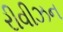
રીવીઝન